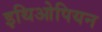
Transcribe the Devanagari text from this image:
इथिओपियन